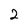
Character: 2